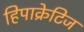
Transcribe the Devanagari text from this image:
हिपाक्रेटिज